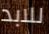
للابد